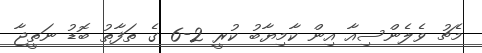
މެޗު ވެލެންސިއާ އިން ކާމިޔާބު ކުރީ 2-6 ގެ ތަފާތު ބޮޑު ނަތީޖާ